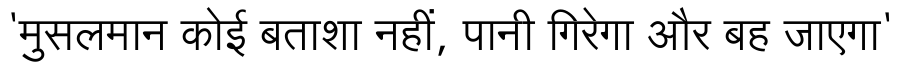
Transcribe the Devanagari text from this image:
'मुसलमान कोई बताशा नहीं, पानी गिरेगा और बह जाएगा'